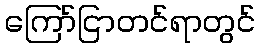
ကြော်ငြာတင်ရာတွင်